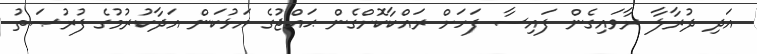
އަދި ދުރާލާ ރާވައިގެން ފައިސާ ފަހަށް ރައްކާކޮށްގެން ޙައްޖުގެ އަޅުކަން އަދާކުރުމުގެ ފުރުޞަތު